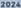
2024